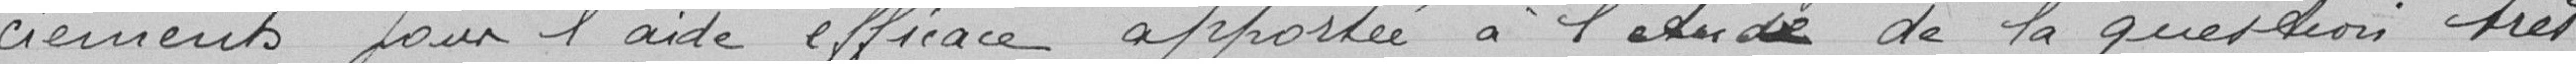
ciements pour l'aide efficace apportée à l'étude de la question très